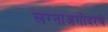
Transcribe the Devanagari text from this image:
लग्नाअगोदरचे